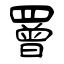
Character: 罾